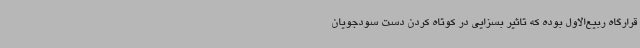
قرارگاه ربیع‌الاول بوده که تاثیر بسزایی در کوتاه کردن دست سودجویان